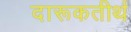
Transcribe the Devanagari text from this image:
दारूकतीर्थ